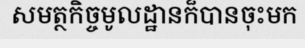
សមត្ថកិច្ចមូលដ្ឋានក៏បានចុះមក